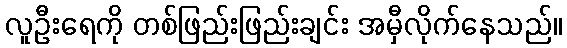
လူဦးရေကို တစ်ဖြည်းဖြည်းချင်း အမှီလိုက်နေသည်။